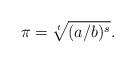
LaTeX: \begin{align*} \pi = \sqrt[t]{(a/b)^s}. \end{align*}